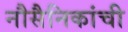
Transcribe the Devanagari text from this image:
नौसैनिकांची